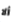
ألا